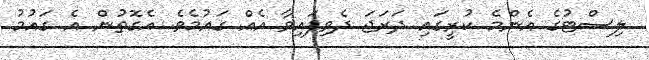
ލިސްޓުގެ އެންމެ ކުރީގައި ދަރަޖަ ދެވިފައިވާ އެއް ގައުމެވެ. އެގޮތުން އެ ގައުމު